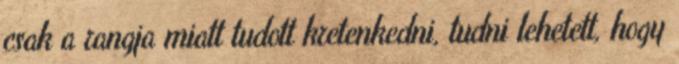
csak a rangja miatt tudott kretenkedni, tudni lehetett, hogy